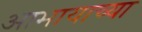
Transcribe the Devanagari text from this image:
आभायाच्या